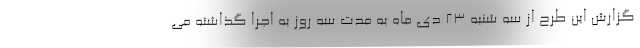
گزارش این طرح از سه شنبه ۲۳ دی ماه به مدت سه روز به اجرا گذاشته می